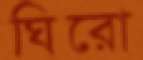
ঘিরো